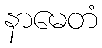
နာမေတံ